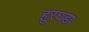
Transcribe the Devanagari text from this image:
हुरघडा